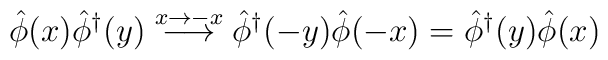
\hat{\phi}(x){\hat{\phi}}^\dag(y)\stackrel {x\rightarrow -x} {\longrightarrow}\hat{\phi}^\dag(-y)\hat{\phi}(-x)=\hat{\phi}^\dag(y)\hat{\phi}(x)